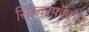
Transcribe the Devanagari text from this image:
सिल्वरफ़ॉक्स